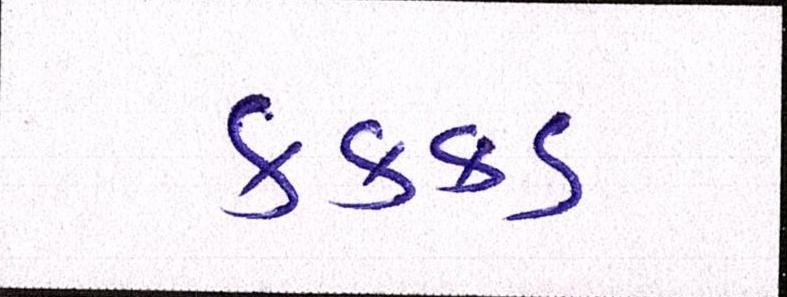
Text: કક્કડ